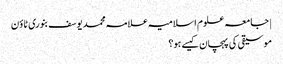
| جامعہ علوم اسلامیہ علامہ محمد یوسف بنوری ٹاؤن
موسیقی کی پہچان کیسے ہو؟